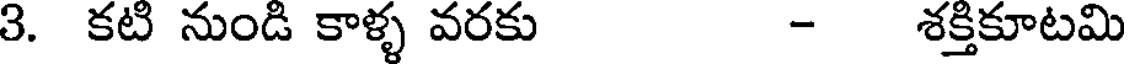
3. కటి నుండి కాళ్ళ వరకు - శక్తికూటమి